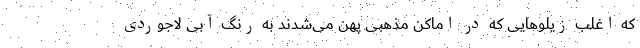
که اغلب زیلوهایی که در اماکن مذهبی پهن می‌شدند به رنگ آبی لاجوردی